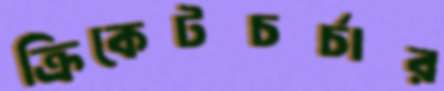
ক্রিকেটচর্চার